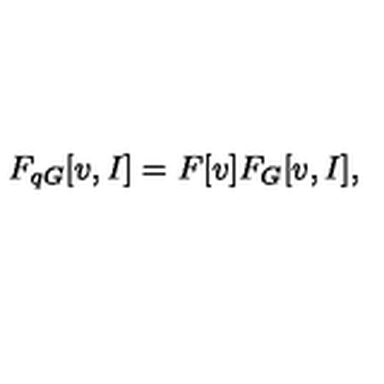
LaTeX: F _ { q G } [ v , I ] = F [ v ] F _ { G } [ v , I ] ,